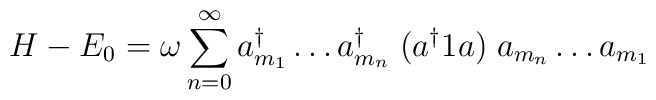
H - E_{0} = \omega \sum_{n=0}^{\infty} a^{\dagger}_{m_{1}} \ldots a^{\dagger}_{m_{n}} \; (a^{\dagger} 1 a) \; a_{m_{n}} \ldots a_{m_{1}}